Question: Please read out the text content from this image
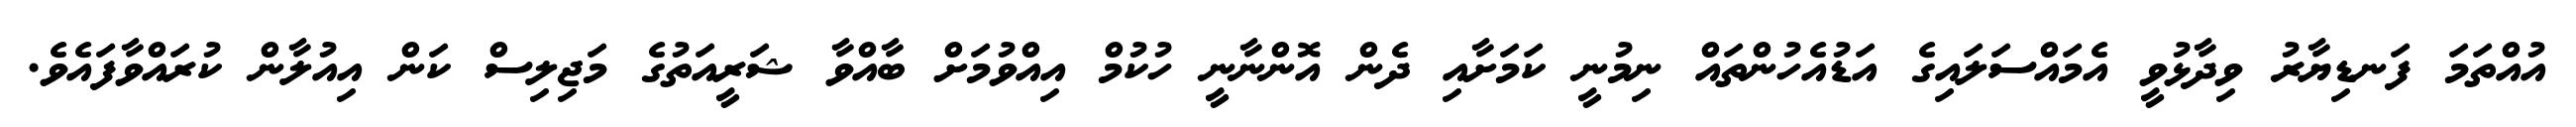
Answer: އުއްތަމަ ފަނޑިޔާރު ވިދާޅުވީ އެމައްސަލައިގެ އަޑުއެހުންތައް ނިމުނީ ކަމަށާއި ދެން އޮންނާނީ ހުކުމް އިއްވުމަށް ބާއްވާ ޝަރީއަތުގެ މަޖިލިސް ކަން އިއުލާން ކުރައްވާފައެވެ.